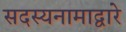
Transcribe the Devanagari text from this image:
सदस्यनामाद्वारे